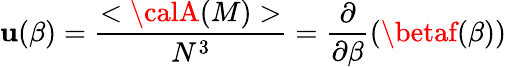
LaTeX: \mathbf{u}(\beta)=\frac{{<{\calA}(M)>}}{{N^{3}}}=\frac{{\partial}}{{\partial\beta}}(\betaf(\beta))